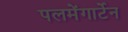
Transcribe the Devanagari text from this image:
पलमेंगार्टेन